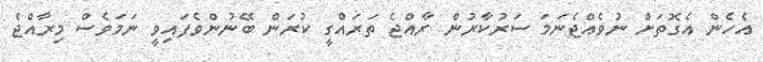
އެހެން އެގޮތަށް ނުވެއްޖެނަމަ ސަރުކާރުން ރާއްޖެ ތަރައްގީ ކުރަން ބޭނުންވެފައިވީ ނަމަވެސް މިރާއްޖެ